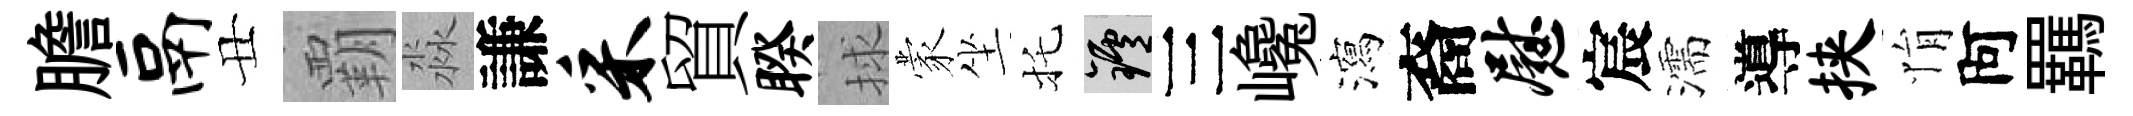
膽鬲丑覇淼謙采貿睽捄蒙坐托爐三巉瀉裔慰宸濡導挟悁阿羈